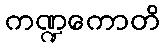
ကဏ္ဍကောတိ